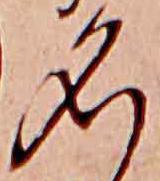
名